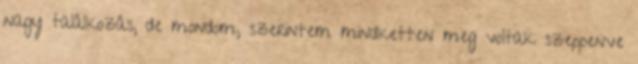
nagy találkozás, de mondom, szerintem mindketten meg voltak szeppenve